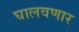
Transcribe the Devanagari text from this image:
घालवणार